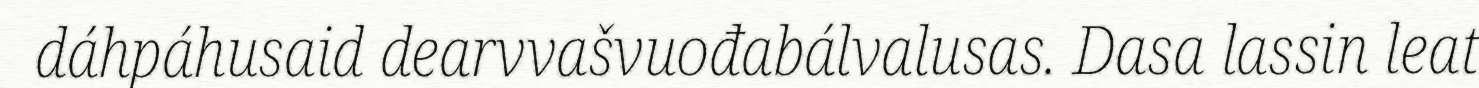
dáhpáhusaid dearvvašvuođabálvalusas. Dasa lassin leat